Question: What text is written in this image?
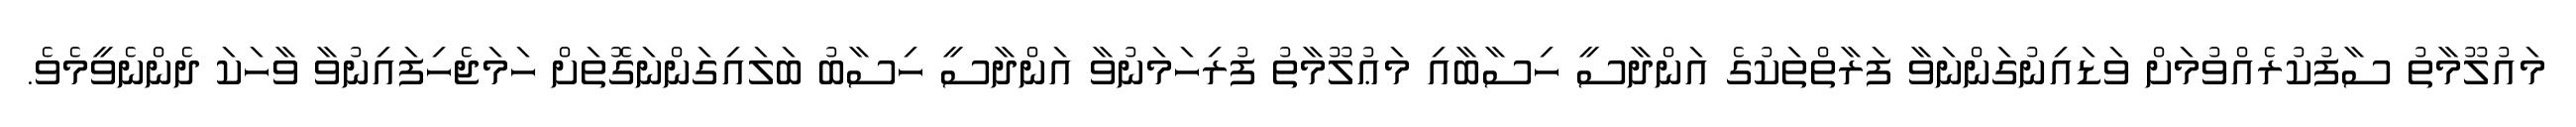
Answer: މައުލޫމާތު ސާފުކުރެއްވުމަށް ވަޑައިނުގަންނަވާ ފަރާތްތަކުގެ އަންދާސީ ހިސާބާއި މަޢުލޫމާތު ފުރިހަމަނުވާ އަންދާސީ ހިސާބު ބަލައިގަންނަގޮތަށް ހަމަޖެހިފައިނުވާ ވާހަކަ ދެންނެވީމެވެ.